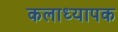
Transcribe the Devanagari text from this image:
कलाध्यापक